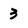
Character: 3